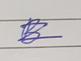
Signature authenticity: genuine